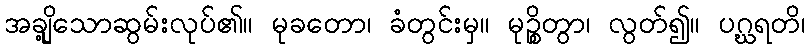
အချို့သောဆွမ်းလုပ်၏။ မုခတော၊ ခံတွင်းမှ။ မုဉ္စိတွာ၊ လွတ်၍။ ပဂ္ဃရတိ၊